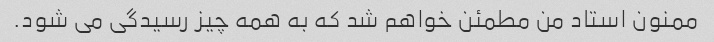
ممنون استاد من مطمئن خواهم شد که به همه چیز رسیدگی می شود.